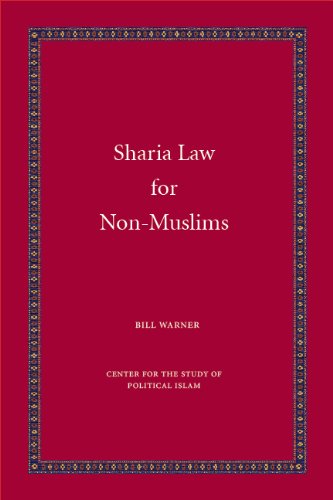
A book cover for Sharia Law for Non-Muslims (A Taste of Islam); Bill Warner; Religion & Spirituality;